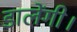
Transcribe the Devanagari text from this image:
डालेंगी।